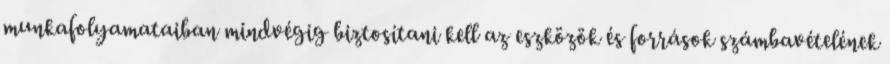
munkafolyamataiban mindvégig biztosítani kell az eszközök és források számbavételének